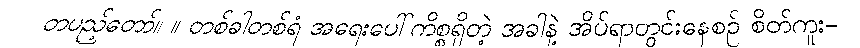
တပည့်တော်။ ။ တစ်ခါတစ်ရံ အရေးပေါ်ကိစ္စရှိတဲ့ အခါနဲ့ အိပ်ရာတွင်းနေစဉ် စိတ်ကူး-